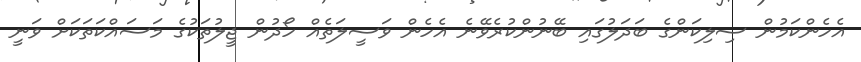
އެހެންކަމުން ސިލިކަންގެ ބަދަލުގައި ބޭނުންކުރެވޭނެ އެހެން ވަސީލަތެއް ހޯދުން ޖީލުތަކުގެ މަސައްކަތަކަށް ވަނީ